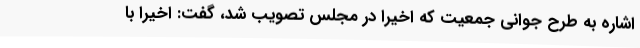
اشاره به طرح جوانی جمعیت که اخیرا در مجلس تصویب شد، گفت: اخیرا با